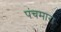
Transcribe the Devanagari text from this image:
पंचमारा